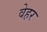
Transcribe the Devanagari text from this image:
वेहर